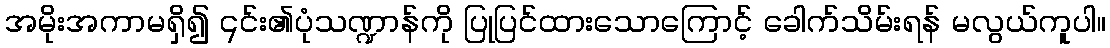
အမိုးအကာမရှိ၍ ၎င်း၏ပုံသဏ္ဍာန်ကို ပြုပြင်ထားသောကြောင့် ခေါက်သိမ်းရန် မလွယ်ကူပါ။